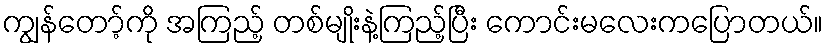
ကျွန်တော့်ကို အကြည့် တစ်မျိုးနဲ့ကြည့်ပြီး ကောင်းမလေးကပြောတယ်။